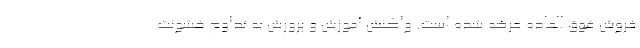
فروش فوق العاده عرضه شده است. واکنش آموزش و پرورش به تداوم خشونت